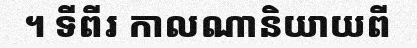
។ ទីពីរ កាលណានិយាយពី